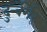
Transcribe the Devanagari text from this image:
दुर्न्बेर्गेर्